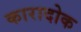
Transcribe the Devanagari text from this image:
कारादोक